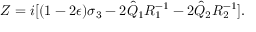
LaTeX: Z = i [ ( 1 - 2 \epsilon ) \sigma _ { 3 } - 2 \hat { Q } _ { 1 } R _ { 1 } ^ { - 1 } - 2 \hat { Q } _ { 2 } R _ { 2 } ^ { - 1 } ] .